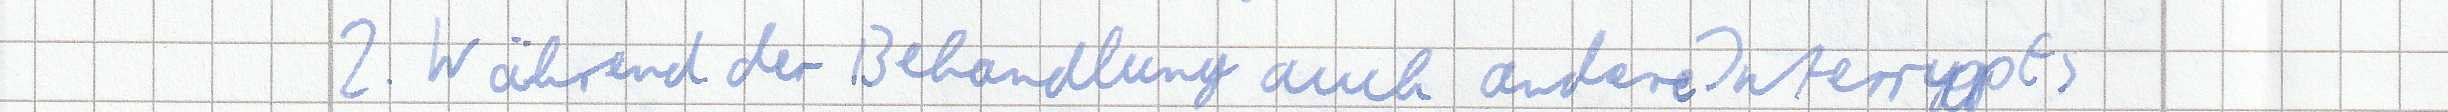
2. Während der Behandlung auch andere Interrupts